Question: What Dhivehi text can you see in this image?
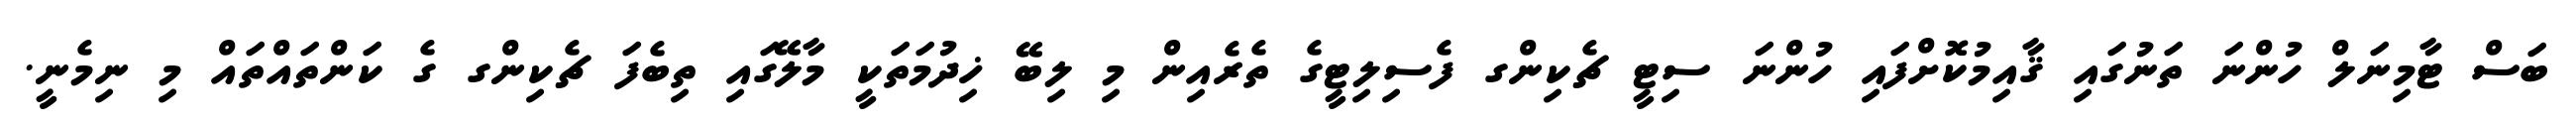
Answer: ބަސް ޓާމިނަލް ހުންނަ ތަނުގައި ޤާއިމުކޮށްފައި ހުންނަ ސިޓީ ޗެކިންގ ފެސިލިޓީގެ ތެރެއިން މި ލިބޭ ޚިދުމަތަކީ މާލޭގައި ތިބެފަ ޗެކިންގ ގެ ކަންތައްތައް މި ނިމެނީ.